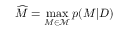
\widehat { M } = \operatorname* { m a x } _ { M \in \mathcal { M } } p ( M | D )